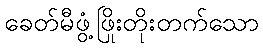
ခေတ်မီဖွံ့ဖြိုးတိုးတက်သော